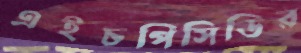
এইচপিসিডির